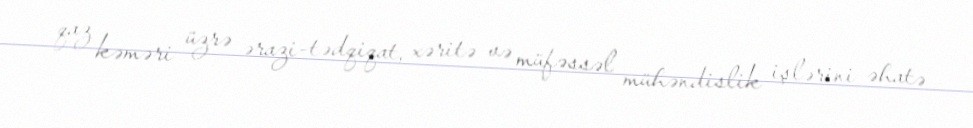
qaz kəməri üzrə ərazi-tədqiqat, xəritə və müfəssəl mühəndislik işlərini əhatə